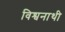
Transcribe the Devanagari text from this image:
विश्वनाथी